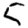
Digit: 5